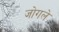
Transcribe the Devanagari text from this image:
जोगले